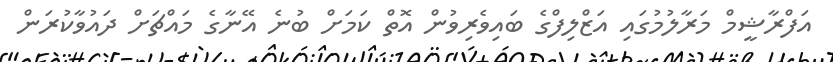
އަފްރާޝީމް މަރާލުމުގައި އަޒްލިފްގެ ބައިވެރިވުން އޮތް ކަމަށް ބުނެ އޭނާގެ މައްޗަށް ދައުވާކުރަން